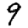
Digit: 9